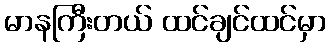
မာနကြီးတယ် ထင်ချင်ထင်မှာ